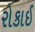
રોકાઈ